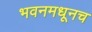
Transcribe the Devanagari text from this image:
भवनमधूनच